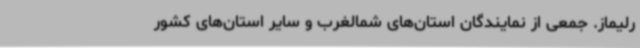
رلیماز. جمعی از نمایندگان استان‌های شمالغرب و سایر استان‌های کشور